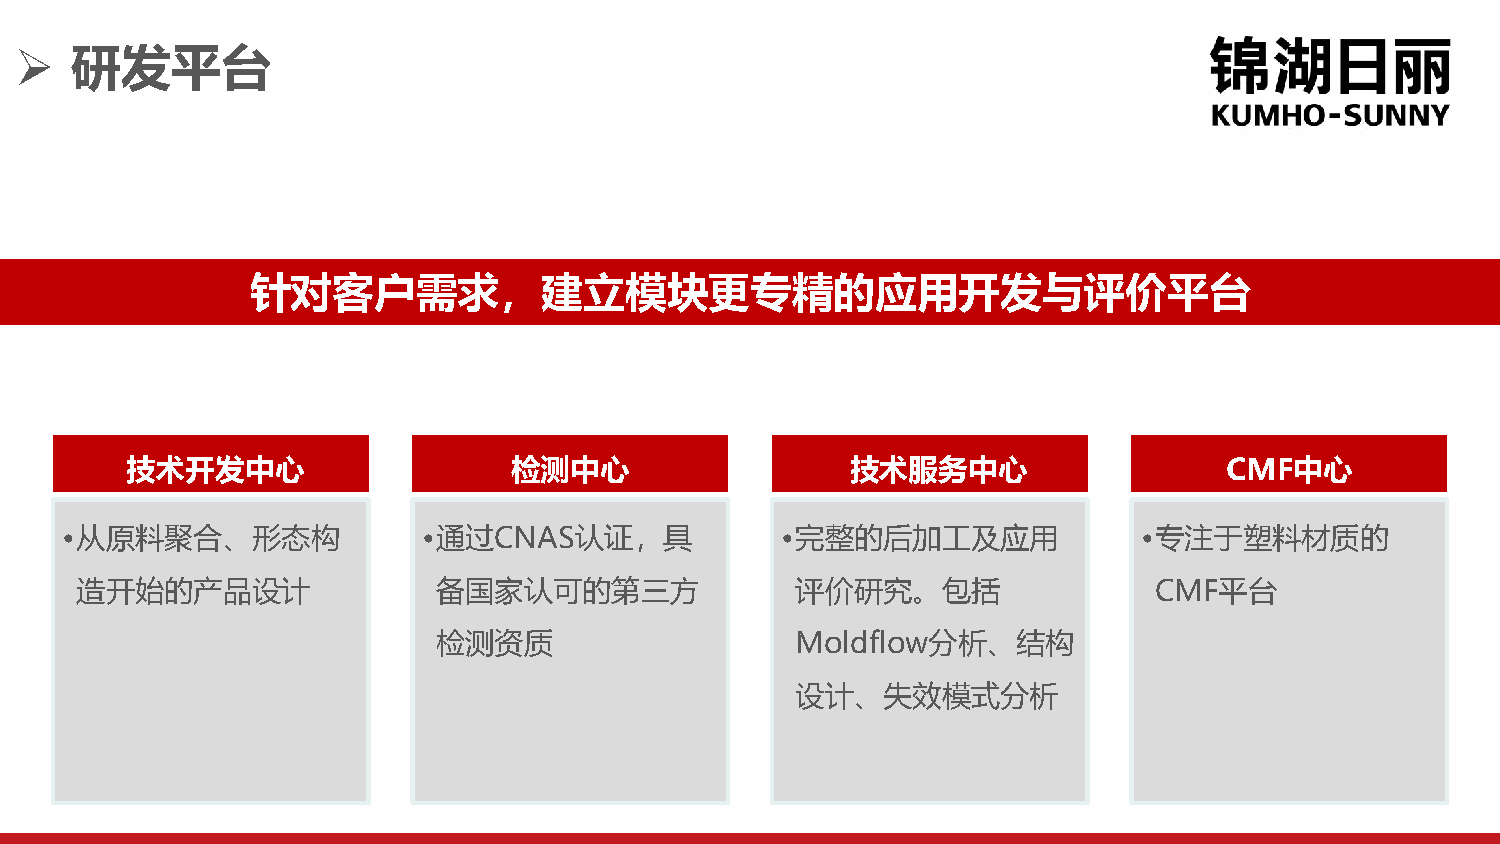
➢   研发平台
 针对客户需求，建立模块更专精的应用开发与评价平台
 技术开发中心                    检测中心                  技术服务中心                   CMF中心
 •从原料聚合、形态构              •通过CNAS认证，具             •完整的后加工及应用              •专注于塑料材质的
 造开始的产品设计                备国家认可的第三方               评价研究。包括                CMF平台
 检测资质                    Moldflow分析、结构
 设计、失效模式分析